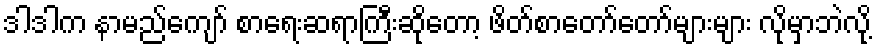
ဒါဒါက နာမည်ကျော် စာရေးဆရာကြီးဆိုတော့ ဖိတ်စာတော်တော်များများ လိုမှာဘဲလို့